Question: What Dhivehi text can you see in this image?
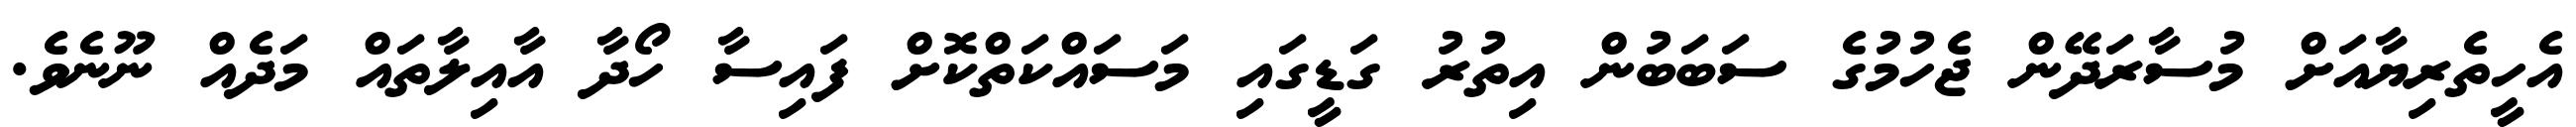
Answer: އެހީތެރިޔާއަށް މުސާރަދޭން ޖެހުމުގެ ސަބަބުން އިތުރު ގަޑީގައި މަސައްކަތްކޮށް ފައިސާ ހޯދާ އާއިލާތައް މަދެއް ނޫނެވެ.